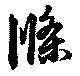
滌